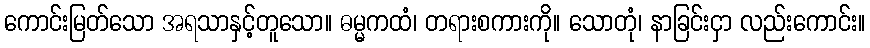
ကောင်းမြတ်သော အရသာနှင့်တူသော။ ဓမ္မကထံ၊ တရားစကားကို။ သောတုံ၊ နာခြင်းငှာ လည်းကောင်း။